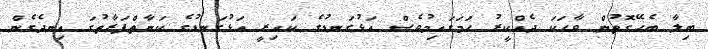
ބިލާ ބެހޭގޮތުން ވާހަކަ ދެއްކީރު ހަމަގައިމުވެސް އަޅުގަނޑުގެ ކައިރީ އަޅުގަނޑުގެ ކަނާތްފަރާތުގަ އިނދެގެން